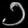
Digit: ၁